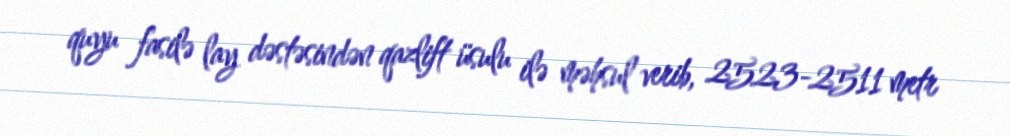
quyu fasilə lay dəstəsindən qazlift üsulu ilə məhsul verib, 2523-2511 metr